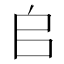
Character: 𠂤